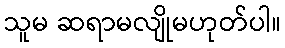
သူမ ဆရာမလျိုမဟုတ်ပါ။